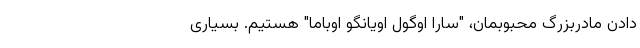
دادن مادربزرگ محبوبمان، "سارا اوگول اویانگو اوباما" هستیم. بسیاری